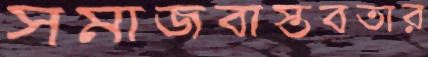
সমাজবাস্তবতার